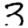
Digit: 3